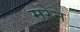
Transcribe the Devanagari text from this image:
मरेन